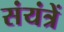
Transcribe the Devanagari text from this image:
संयंत्रें